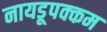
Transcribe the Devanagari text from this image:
नायडूपक्कम